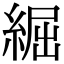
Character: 𦁐